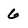
Character: 6